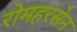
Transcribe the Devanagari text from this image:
रोमहरसेन